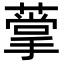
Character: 𦺡